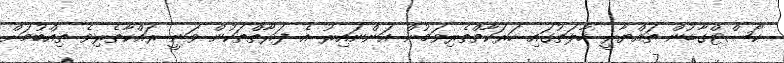
ކޯސްޓްގާޑުން ތައްޔާރީ ހާލަތުގައި ހަރަކާތްތެރިވަމުން އަންނައިރު އެ ފަރާތްތަކުން ވަނީ ރައްކާތެރިވެ ތިއްބުމަށް